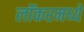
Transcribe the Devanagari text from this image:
लॉकरमध्ये